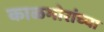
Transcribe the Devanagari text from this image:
काळभोरांच्या